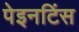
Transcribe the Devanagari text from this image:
पेइनटिंस